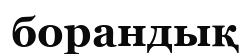
борандық